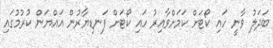
ބަދަލު ވާނީ ހައި ކޯޓަށް ކަމަށްވާއިރު ހައި ކޯޓަށް ފަނޑިޔާރުން އައްޔަން ކުރުމުގައި